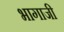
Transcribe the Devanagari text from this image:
भागाजी